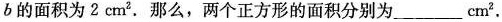
b的面积为2cm^{2}.那么，两个正方形的面积分别为___cm^{2}.